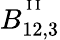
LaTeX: {B}_{12,3}^{^{\mathrm{~I~I~}}}